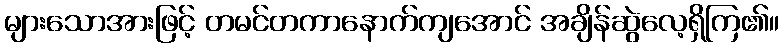
များသောအားဖြင့် တမင်တကာနောက်ကျအောင် အချိန်ဆွဲလေ့ရှိကြ၏။